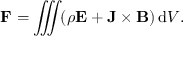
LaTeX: \mathbf { F } = \iiint \! ( \rho \mathbf { E } + \mathbf { J } \times \mathbf { B } ) \, \mathrm { d } V . \,